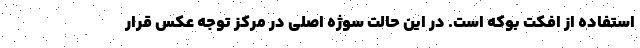
استفاده از افکت بوکه است. در این حالت سوژه اصلی در مرکز توجه عکس قرار